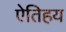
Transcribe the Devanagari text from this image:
ऐतिहय